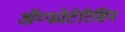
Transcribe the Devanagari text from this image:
ॲम्फोटेरिसिन